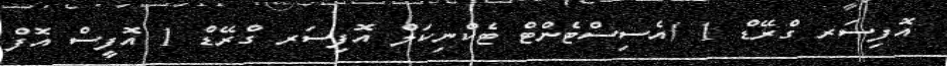
އޮފިސަރ ގްރޭޑް 1 /އެސިސްޓެންޓް ޓެކްނިކަލް އޮފިސަރ ގްރޭޑް 1 އޮފީސް އޮފް